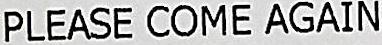
PLEASE COME AGAIN